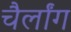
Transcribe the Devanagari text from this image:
चैर्लांग